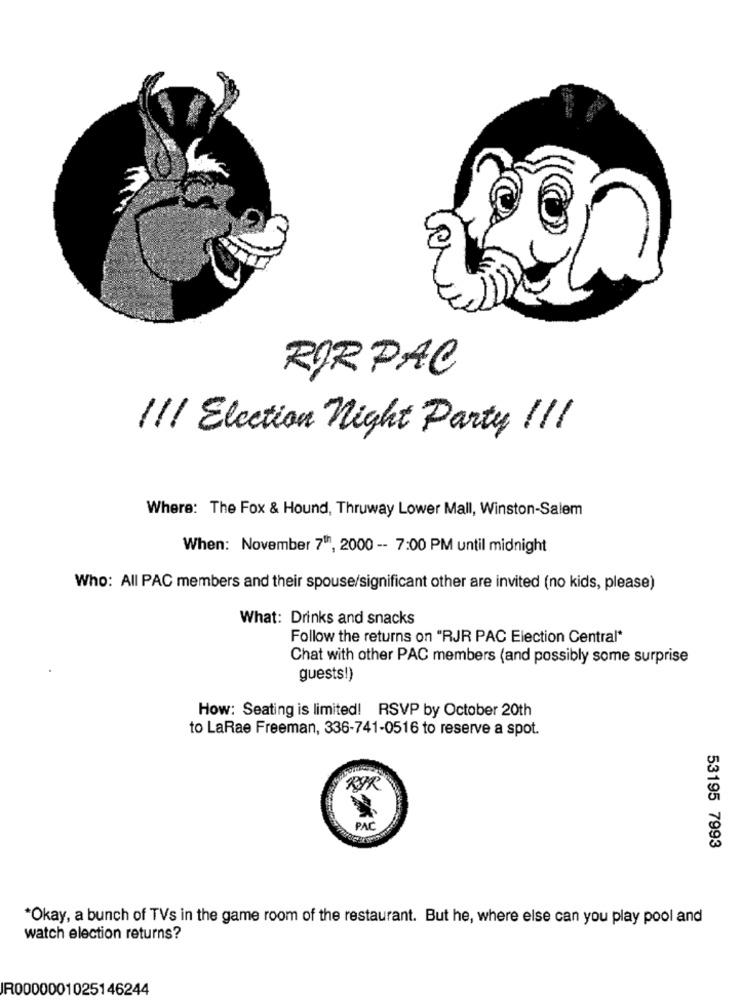
RORPAC
/11 Election Night Party !!!
Where: The Fox & Hound, Thruway Lower Mall, Winston-Salem
When: November 7th, 2000 -- 7:00 PM until midnight
Who: All PAC members and their spouse/significant other are invited (no kids, please)
What: Drinks and snacks
Follow the returns on "RJR PAC Election Central*
Chat with other PAC members (and possibly some surprise
guests!)
How: Seating is limited! RSVP by October 20th
to LaRae Freeman, 336-741-0516 to reserve a spot.
RIR
PAC
53195 7993
*Okay, a bunch of TVs in the game room of the restaurant. But he, where else can you play pool and
watch election returns?
IR0000001025146244